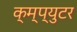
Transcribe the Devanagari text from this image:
क्म्प्युटर